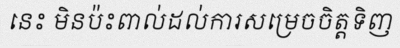
នេះ មិនប៉ះពាល់ដល់ការសម្រេចចិត្តទិញ